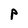
Character: P